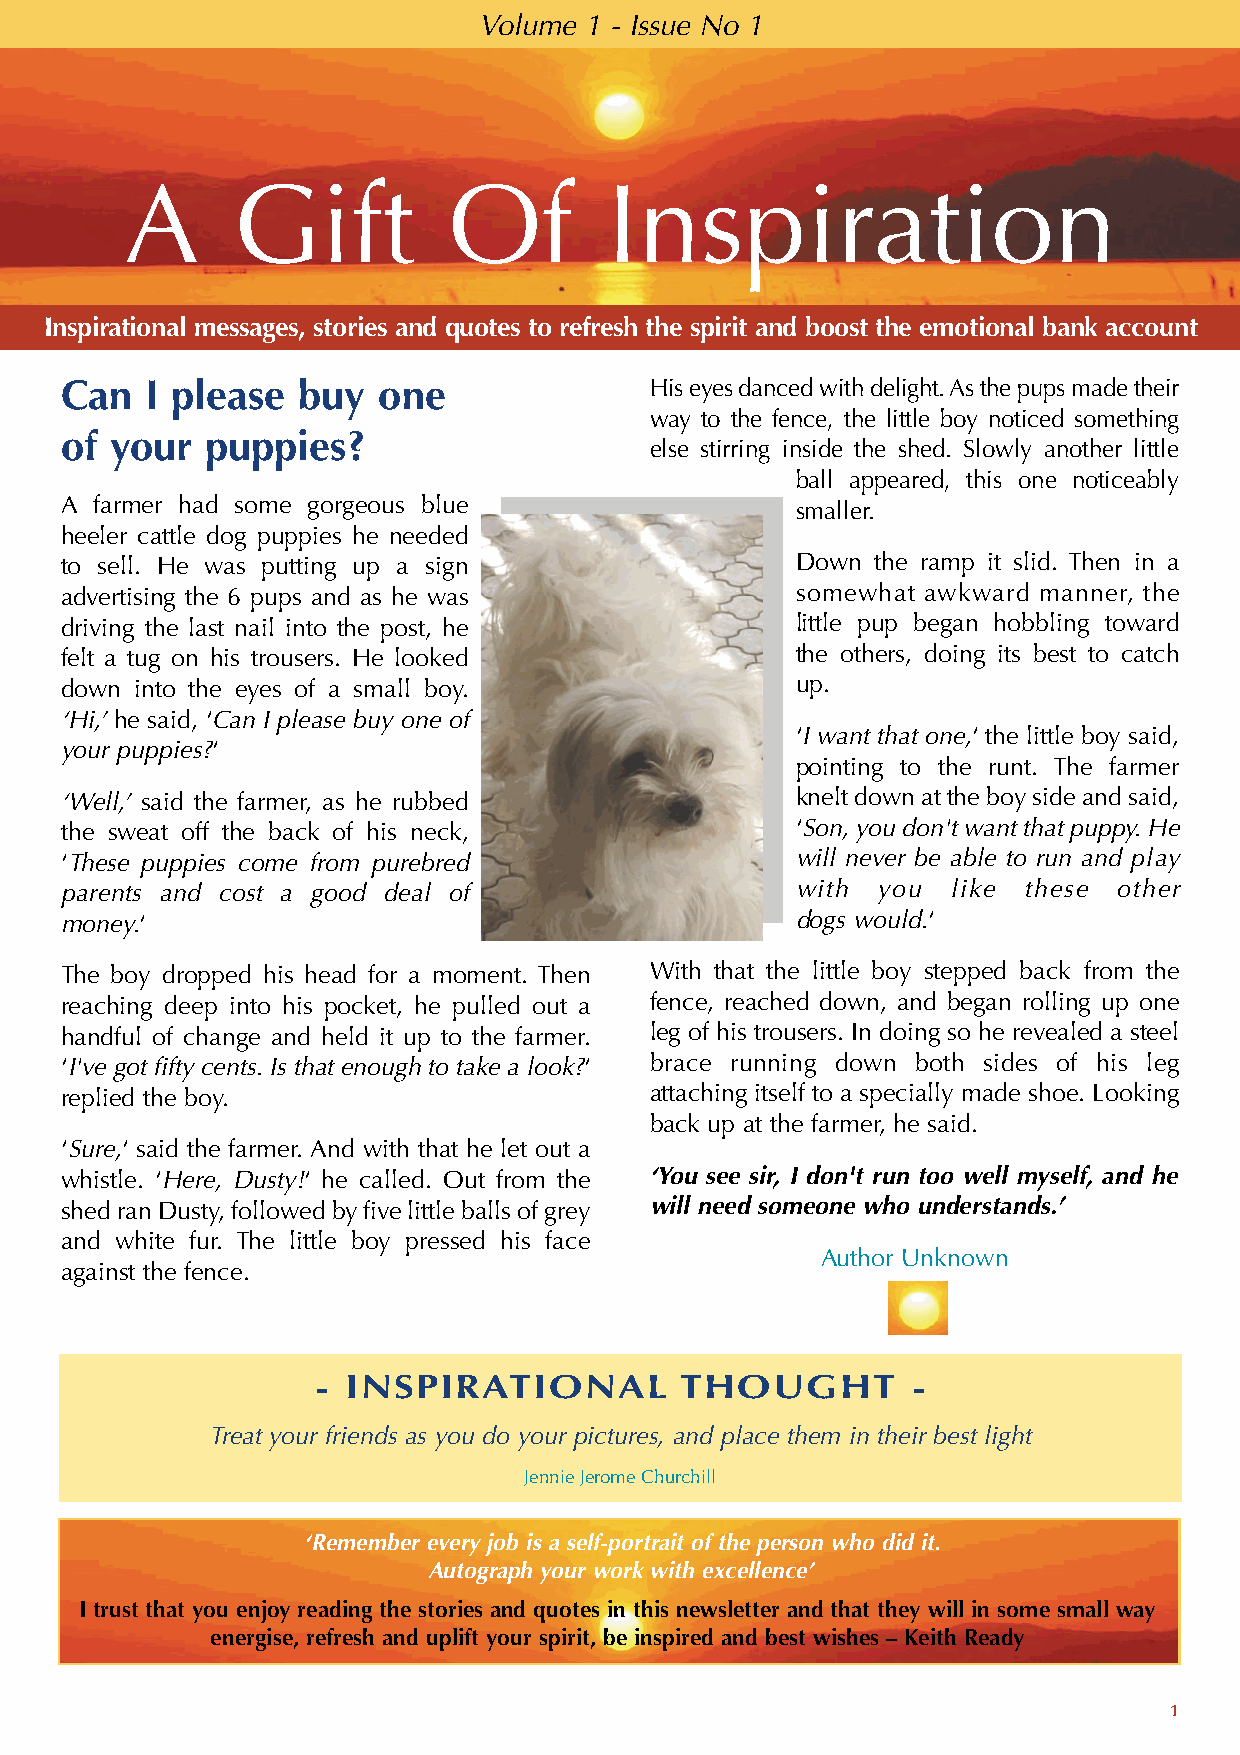
Volume 1 - Issue No 1
 A      Gift           Of        Inspiration
 Inspirational messages, stories and quotes to refresh the spirit and boost the emotional bank account
 Can   I please  buy  one               His eyes danced with delight. As the pups made their
 way to the fence, the little boy noticed something
 of your   puppies?
 else stirring inside the shed. Slowly another little
 ball appeared, this one noticeably
 A farmer had some gorgeous blue                  smaller.
 heeler cattle dog puppies he needed
 to sell. He was putting up a sign                Down the ramp it slid. Then in a
 advertising the 6 pups and as he was             somewhat awkward manner, the
 driving the last nail into the post, he          little pup began hobbling toward
 felt a tug on his trousers. He looked            the others, doing its best to catch
 down into the eyes of a small boy.               up.
 ‘Hi,’ he said, ‘Can I please buy one of
 ‘I want that one,‘ the little boy said,
 your puppies?‘
 pointing to the runt. The farmer
 ‘Well,’ said the farmer, as he rubbed            knelt down at the boy side and said,
 the sweat off the back of his neck,              ‘Son, you don't want that puppy. He
 ‘These puppies come from purebred                will never be able to run and play
 parents and cost a good deal of                  with you  like these other
 money.‘                                          dogs would.‘
 The boy dropped his head for a moment. Then With that the little boy stepped back from the
 reaching deep into his pocket, he pulled out a fence, reached down, and began rolling up one
 handful of change and held it up to the farmer. leg of his trousers. In doing so he revealed a steel
 ‘I've got fifty cents. Is that enough to take a look?‘ brace running down both sides of his leg
 replied the boy.                       attaching itself to a specially made shoe. Looking
 back up at the farmer, he said.
 ‘Sure,‘ said the farmer. And with that he let out a
 whistle. ‘Here, Dusty!‘ he called. Out from the ‘You see sir, I don't run too well myself, and he
 shed ran Dusty, followed by five little balls of grey will need someone who understands.’
 and white fur. The little boy pressed his face
 Author Unknown
 against the fence.
 - INSPIRATIONAL         THOUGHT        -
 Treat your friends as you do your pictures, and place them in their best light
 Jennie Jerome Churchill
 ‘Remember every job is a self-portrait of the person who did it.
 Autograph your work with excellence’
 I trust that you enjoy reading the stories and quotes in this newsletter and that they will in some small way
 energise, refresh and uplift your spirit, be inspired and best wishes – Keith Ready
 1